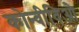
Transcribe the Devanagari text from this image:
कोन्वीविओ